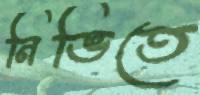
নিভিতে